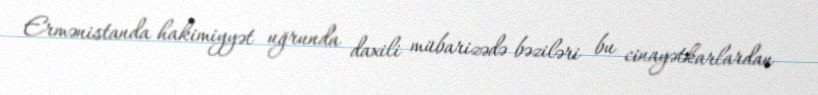
Ermənistanda hakimiyyət uğrunda daxili mübarizədə bəziləri bu cinayətkarlardan